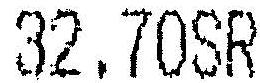
32.70SR